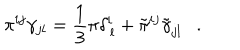
LaTeX: \pi ^ { i j } \gamma _ { j l } = \frac { 1 } { 3 } \pi \delta _ { \, l } ^ { i } + \tilde { \pi } ^ { i j } \tilde { \gamma } _ { j l } .